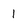
Character: 1